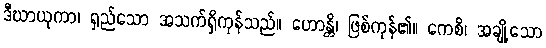
ဒီဃာယုကာ၊ ရှည်သော အသက်ရှိကုန်သည်။ ဟောန္တိ၊ ဖြစ်ကုန်၏။ ကေစိ၊ အချို့သော